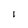
Character: l